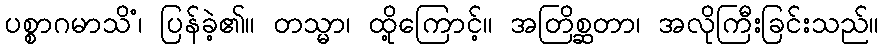
ပစ္စာဂမာသိံ၊ ပြန်ခဲ့၏။ တသ္မာ၊ ထို့ကြောင့်။ အတြိစ္ဆတာ၊ အလိုကြီးခြင်းသည်။